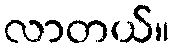
လာတယ်။